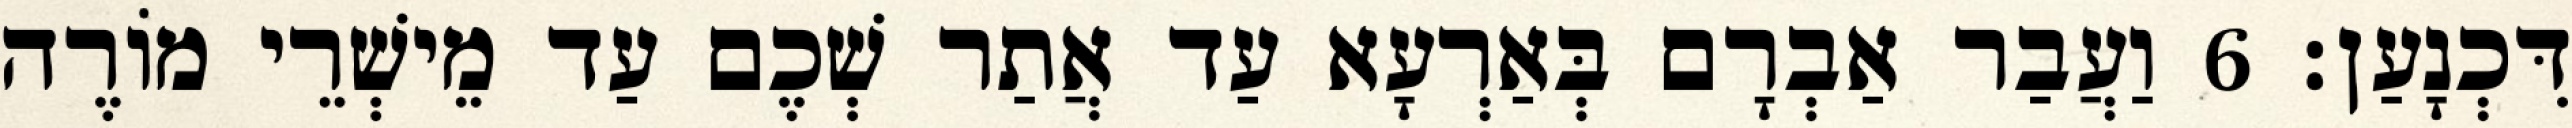
דִּכְנָעַן׃ 6 וַעֲבַר אַבְרָם בְּאַרְעָא עַד אֲתַר שְׁכֶם עַד מֵישְׁרֵי מוֹרֶה